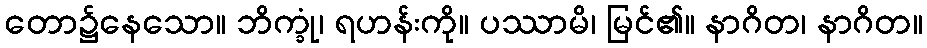
တော၌နေသော။ ဘိက္ခုံ၊ ရဟန်းကို။ ပဿာမိ၊ မြင်၏။ နာဂိတ၊ နာဂိတ။